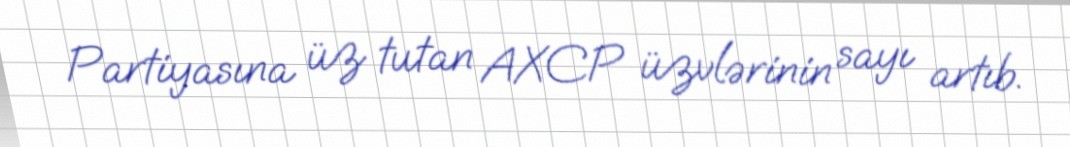
Partiyasına üz tutan AXCP üzvlərinin sayı artıb.